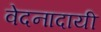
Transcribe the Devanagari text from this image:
वेदनादायी